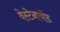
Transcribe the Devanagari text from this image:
वेस्टेनावोंड